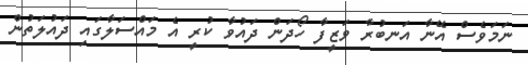
ނަމަވެސް އޭނާ އަނބުރާ ވަޒީފާ ހޯދަން ދައުވާ ކުރީ އެ މައްސަލާގައި ދައުލަތުން